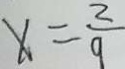
x = \frac { 2 } { 9 }